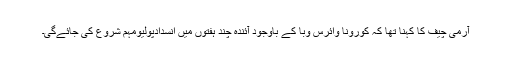
آرمی چیف کا کہنا تھا کہ کورونا وائرس وبا کے باوجود آئندہ چند ہفتوں میں انسدادپولیومہم شروع کی جائےگی۔